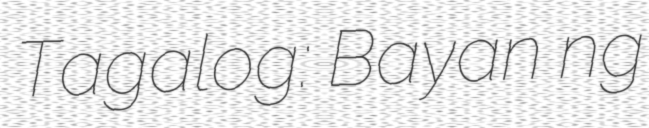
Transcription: Tagalog: Bayan ng